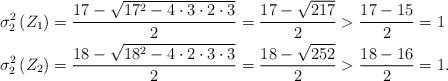
LaTeX: \begin{align*}\sigma_{2}^{2}\left( Z_{1}\right) & =\frac{17-\sqrt{17^{2}-4\cdot3\cdot2\cdot3}}{2}=\frac{17-\sqrt{217}}{2}>\frac{17-15}{2}=1\\\sigma_{2}^{2}\left( Z_{2}\right) & =\frac{18-\sqrt{18^{2}-4\cdot2\cdot3\cdot3}}{2}=\frac{18-\sqrt{252}}{2}>\frac{18-16}{2}=1.\end{align*}